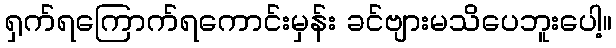
ရှက်ရကြောက်ရကောင်းမှန်း ခင်ဗျားမသိပေဘူးပေါ့။